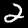
Digit: 2